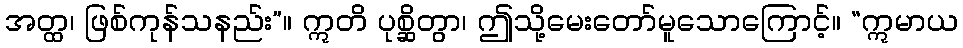
အတ္ထ၊ ဖြစ်ကုန်သနည်း”။ ဣတိ ပုစ္ဆိတွာ၊ ဤသို့မေးတော်မူသောကြောင့်။ “ဣမာယ